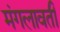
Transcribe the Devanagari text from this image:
मंगलावती